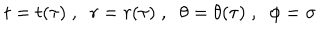
t = t ( \tau ) \; , \; \; r = r ( \tau ) \; , \; \; \theta = \theta ( \tau ) \; , \; \; \phi = \sigma